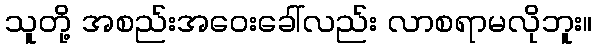
သူတို့ အစည်းအဝေးခေါ်လည်း လာစရာမလိုဘူး။